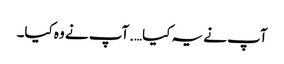
آپ نے یہ کیا….آپ نے وہ کیا۔